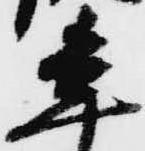
年